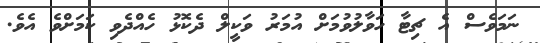
ނަމަވެސް އެ ޗިޓާ ހަވާލުވުމަށް އުމަރު ވަކީލް ދެކޮޅު ހެއްދެވި ކަމަށްވެ އެވެ.